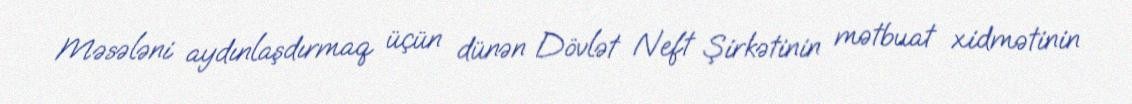
Məsələni aydınlaşdırmaq üçün dünən Dövlət Neft Şirkətinin mətbuat xidmətinin